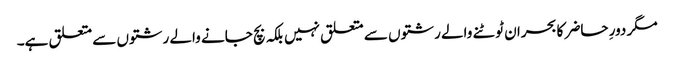
مگر دورِ حاضر کا بحران ٹوٹنے والے رشتوں سے متعلق نہیں بلکہ بچ جانے والے رشتوں سے متعلق ہے۔